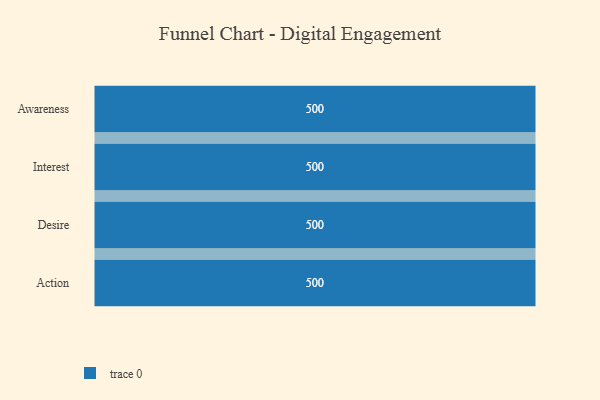
{"axis": {"x": "Stage", "y": "Value"}, "legend": [""], "data": [{"x": "Awareness", "y": 500, "type": ""}, {"x": "Interest", "y": 500, "type": ""}, {"x": "Desire", "y": 500, "type": ""}, {"x": "Action", "y": 500, "type": ""}]}